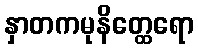
နှာတကမုနိတ္ထေရော